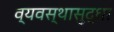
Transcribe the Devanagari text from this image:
व्यवस्थासुद्धा